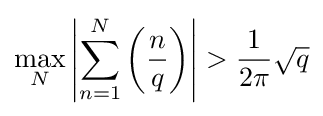
\max _{N}\left|\sum _{n=1}^{N}\left({\frac {n}{q}}\right)\right|>{\frac {1}{2\pi }}{\sqrt {q}}